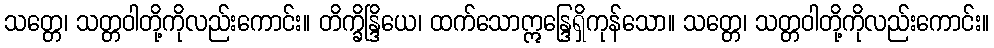
သတ္တေ၊ သတ္တဝါတို့ကိုလည်းကောင်း။ တိက္ခိန္ဒြိယေ၊ ထက်သောဣန္ဒြေရှိကုန်သော။ သတ္တေ၊ သတ္တဝါတို့ကိုလည်းကောင်း။